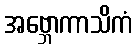
အဗ္ဘောကာသိကံ